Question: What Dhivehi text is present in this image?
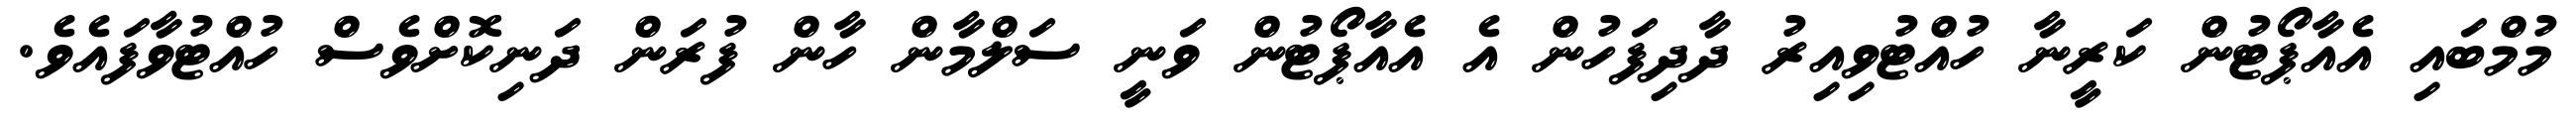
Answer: މުމްބައި އެއާޕޯޓުން ކަރީނާ ހުއްޓުވިއިރު ދާދިފަހުން އެ އެއާޕޯޓުން ވަނީ ސަލްމާން ހާން ފުރަން ދަނިކޮށްވެސް ހުއްޓުވާފައެވެ.